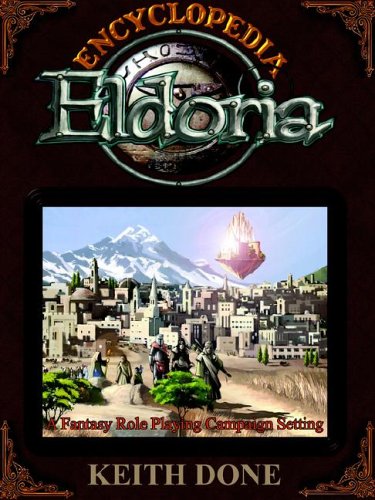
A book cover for Encyclopedia Eldoria; Keith Done; Science Fiction & Fantasy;